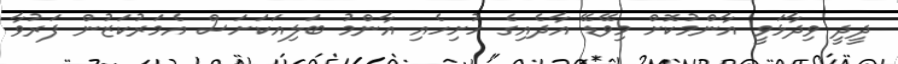
ދީދީ ވިދާޅަވީ އާންމުކޮށް މިވޭޑޭ އާދެއިގެ ހުށިހެއި އާންމު ބަލިއަކަށަސް އެމަރުކަޒުން ފަރުވާ